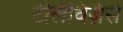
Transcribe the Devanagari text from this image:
टेलिविज़ंस